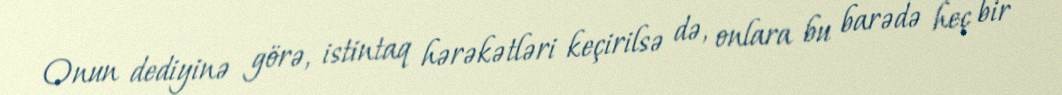
Onun dediyinə görə, istintaq hərəkətləri keçirilsə də, onlara bu barədə heç bir